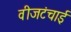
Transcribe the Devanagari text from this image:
वीजटंचाई